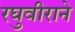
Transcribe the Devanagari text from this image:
रघुवीराने